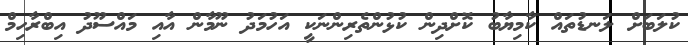
ކުލަބަށް ލަނޑުތައް ކާމިޔާބު ކޮށްދިން ކުޅުންތެރިންނަކީ އަހުމަދު ނޫމާން އާއި މައްސޫދު އިބްރާހިމް